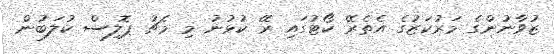
ޒުވާނުންގެ މަރުކަޒުގެ އެތެރޭ ކޯޓުގައި ރޭ ކުޅުނު މި މެޗު ޕޮލިސް ކުލަބުން